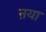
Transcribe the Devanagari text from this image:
ऩया